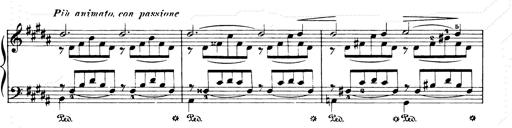
Title: Consolations and LiebestrÃ¤ume for the Piano
Composer: Franz Liszt